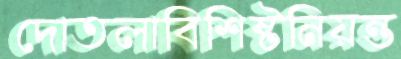
দোতলাবিশিষ্টনিয়ন্ত